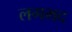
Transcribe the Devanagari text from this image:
लगभद